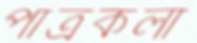
পাত্রকলা